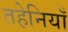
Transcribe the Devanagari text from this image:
तहेनियाँ